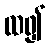
ထ၍